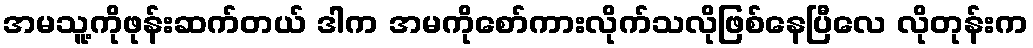
အမသူ့ကိုဖုန်းဆက်တယ် ဒါက အမကိုစော်ကားလိုက်သလိုဖြစ်နေပြီလေ လိုတုန်းက